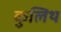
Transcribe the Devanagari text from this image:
कुलिथ